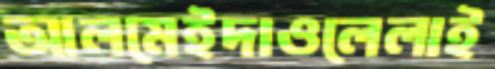
আলমেইদাওলেলাই